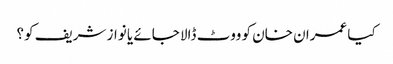
کیا عمران خان کو ووٹ ڈالا جائے یا نواز شریف کو؟